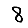
Digit: 8